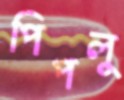
পিপলু